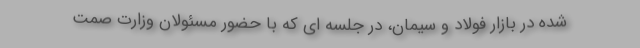
شده در بازار فولاد و سیمان، در جلسه ای که با حضور مسئولان وزارت صمت